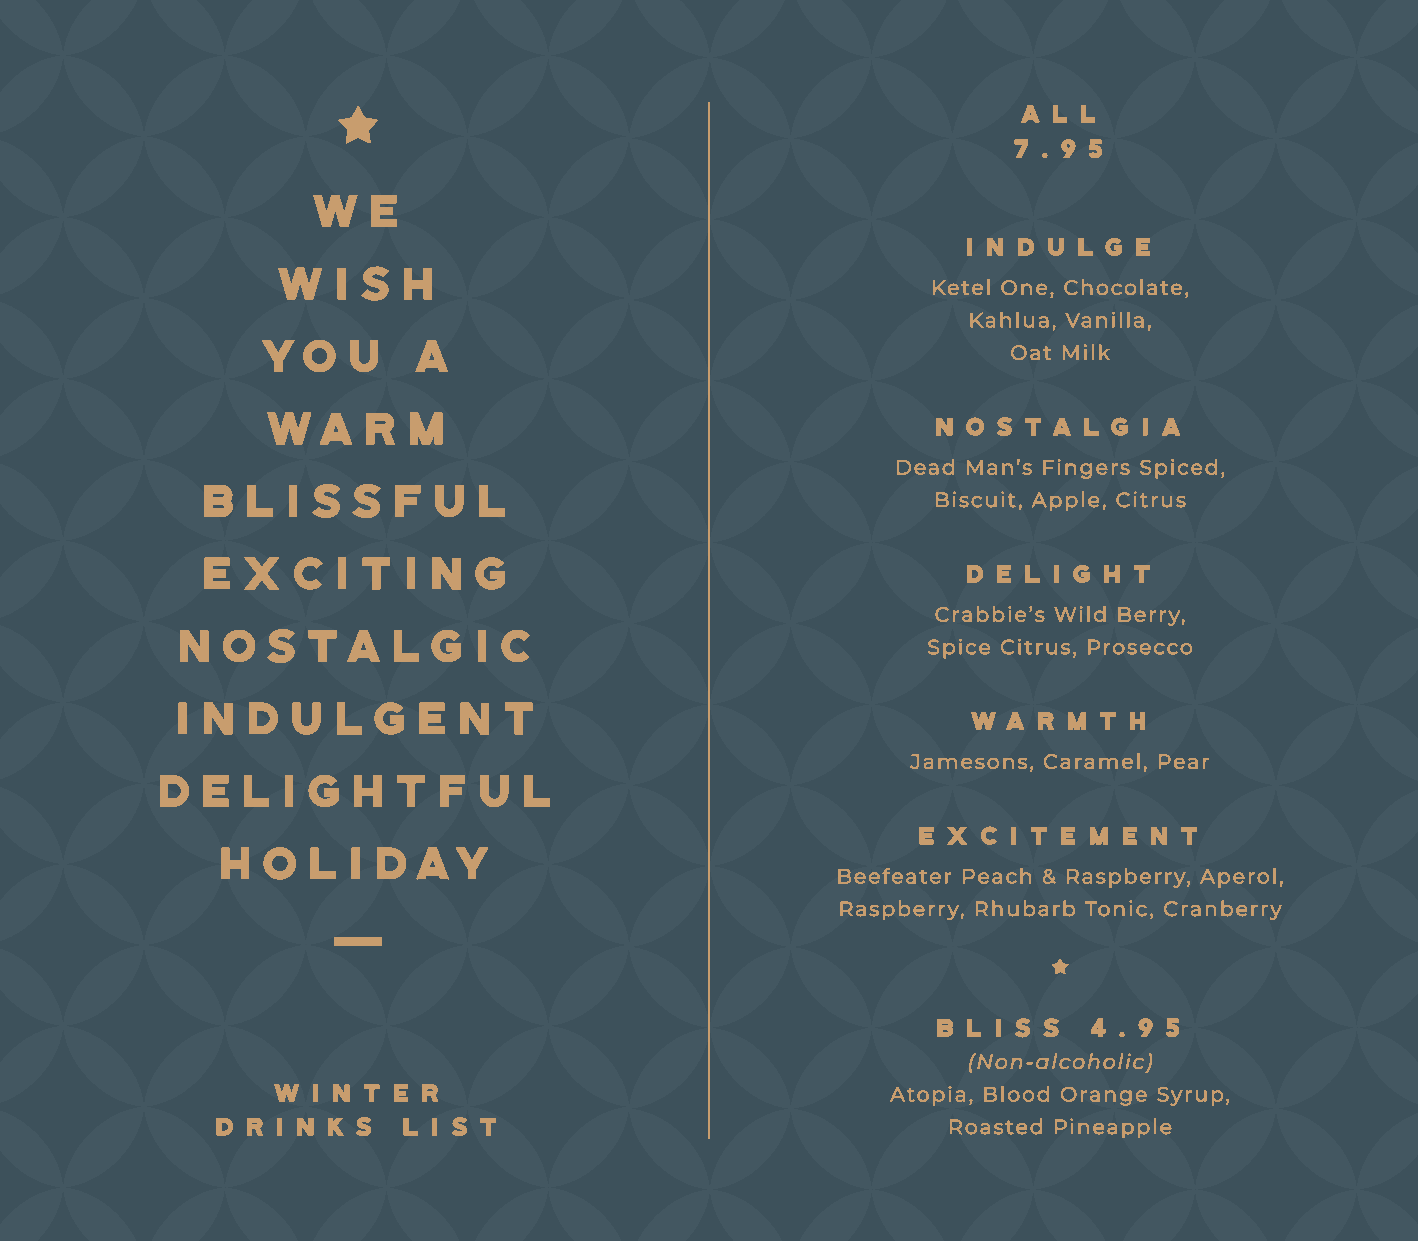
A L L
 7 . 9 5
 W   e
 I N D U L G E
 W   i s  h
 Ketel One, Chocolate,
 Kahlua, Vanilla,
 Yo    u    A
 Oat Milk
 wa    r  m
 N O S T A L G I A
 Dead Man’s Fingers Spiced,
 b l  i ss   f  u  l
 Biscuit, Apple, Citrus
 e x  c  i t  i n g
 D E L I G H T
 Crabbie’s Wild Berry,
 n  os   ta    lg    i c
 Spice Citrus, Prosecco
 i n d  u  lg    e n  t
 W  A R M T H
 Jamesons, Caramel, Pear
 d e  l  i g h  t  f  u  l
 E X C I T E M E N T
 h o   l i day
 Beefeater Peach & Raspberry, Aperol,
 Raspberry, Rhubarb Tonic, Cranberry
 B L I S S 4 . 9 5
 (Non-alcoholic)
 W  I N T E R                             Atopia, Blood Orange Syrup,
 D R I N K S  L I S T                             Roasted Pineapple